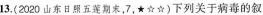
13.(2020山东日照五莲期末，7，★☆☆)下列关于病毒的叙